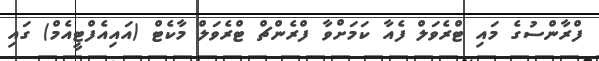
ފްރާންސުގެ މައި ޓްރެވަލް ފެއާ ކަމަށްވާ ފްރެންޗް ޓްރެވަލް މާކެޓް (އައިއެފްޓީއެމް) ގައި